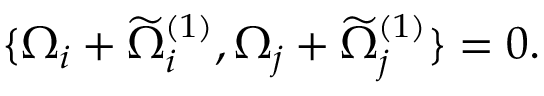
\{ \Omega _ { i } + \widetilde { \Omega } _ { i } ^ { ( 1 ) } , \Omega _ { j } + \widetilde { \Omega } _ { j } ^ { ( 1 ) } \} = 0 .